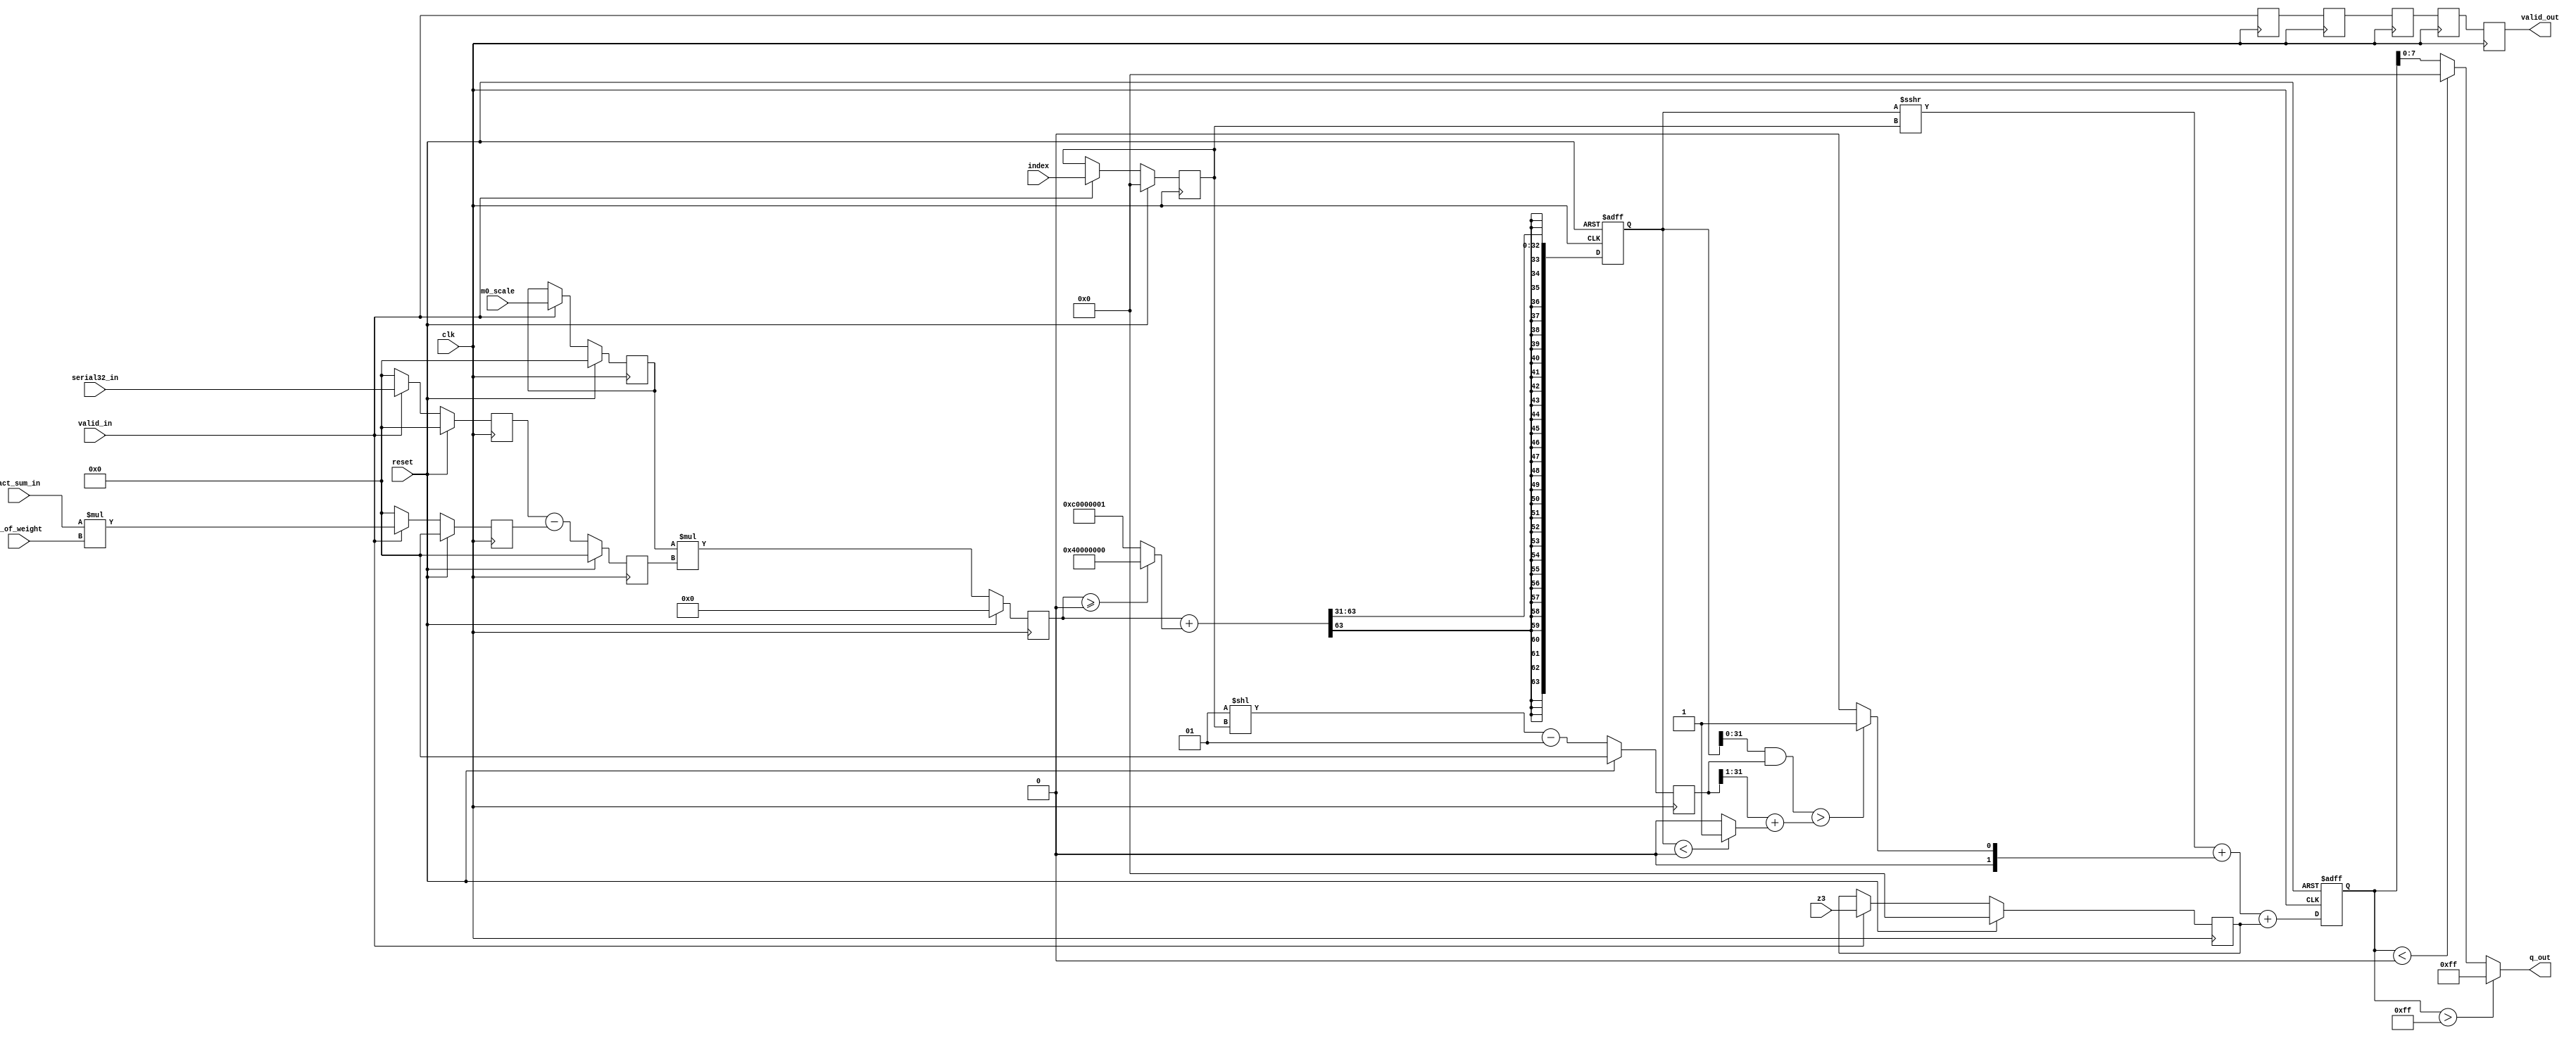
//========================================================================================================//
// Designer : Yen-Ren Hou
// Create   : 2022.11.25
// Ver      : 1.0
// Func     : re-quantize the 32bits MAC+Bias result to uint8 anwser 
//   take 32bits data per clk when valid_in = 1 from ru_get.v module .
//========================================================================================================//

module quan2uint8(
	clk				
	,	reset			
	,	m0_scale		
	,	index			
	,	z_of_weight		
	,	z3				
	,	valid_in		
	,	serial32_in		
	,	act_sum_in		
	,	q_out			
	,	valid_out		

);


//IO
input wire    		clk;
input wire     		reset;
input wire    		valid_in;
input wire   [31:0] serial32_in; // ifm x ker + bias
input wire   [31:0] act_sum_in;  // ifm
input wire   [31:0] m0_scale;    // m0
input wire   [7 :0] index;
input wire 	 [15:0] z_of_weight; // zw
input wire	 [7 :0] z3; 		 // zero weig h

output reg   [7 :0] q_out;
output reg  		valid_out;


// Difine
// wire   		 [31:0] act_zofw;
// wire  signed [31:0] before_m0;
// wire  signed [63:0] after_m0;
wire  signed [31:0] neg_result;
wire   		 [31:0] maskiflessthan;
wire   		 [31:0] threshold;
wire   		 [31:0] remainder;
wire  signed [31:0] maskifgreaterthan;
wire  signed [31:0] m_move_rounding;


reg   signed [31:0] act_zofw_reg ;
reg   signed [31:0] serial32_reg ;
reg   signed [63:0] saturatingrounding ;
reg   signed [31:0] bfm0_reg ;
reg   signed [63:0] after_m0_reg ;
reg   signed [31:0] m0_scale_reg ;
reg   signed [31:0] mask_index ;
reg   signed [31:0] add_z3;
reg   signed [7 :0] index_reg;
reg   signed [7 :0] z3_reg;
  
reg                	stage0_valid_in;
reg                	stage1_valid_in;
reg                	stage2_valid_in;
reg                	stage3_valid_in;
reg                	stage4_valid_in;

//operation
assign neg_result        = (after_m0_reg >= 0) ? (1<<30) : (1-(1<<30)); // nudge
assign maskiflessthan    = (saturatingrounding<0) ? 1 : 0;              // maskless
assign remainder         = saturatingrounding&mask_index;
assign threshold         = (mask_index>>1) + (maskiflessthan & 1);      // threshold
assign maskifgreaterthan = (remainder>threshold)?1:0;
assign m_move_rounding   = (saturatingrounding>>>index_reg)+(maskifgreaterthan&1);

//////////////////valid_in/////////////////////////////
always@( posedge clk )begin
	if( reset )begin
  		act_zofw_reg <= 'd0;
		m0_scale_reg <= 'd0;
		serial32_reg <= 'd0;
		index_reg <= 'd0;
		z3_reg <= 'd0;
	end
	else if(valid_in) begin
		act_zofw_reg <= act_sum_in * z_of_weight;	//CLK
		serial32_reg <= serial32_in;
		m0_scale_reg <= m0_scale;
		index_reg <= index;
		z3_reg <= z3;
	end
	else begin
		act_zofw_reg <= 'd0;
		serial32_reg <= 'd0;
		m0_scale_reg <= m0_scale_reg;
		index_reg <= index_reg;
		z3_reg <= z3_reg;
	end
end
////////////////////////////////////////////////////

always@( posedge clk )begin
	if( reset )begin
		bfm0_reg <= 'd0;
	end
	else begin
		bfm0_reg <= serial32_reg - act_zofw_reg;
	end
end

always@( posedge clk )begin
	if( reset )begin
		after_m0_reg <= 'd0;
	end
	else begin
		after_m0_reg <= m0_scale_reg * bfm0_reg;
	end
end
// saruratingrounding shift 31bit
always@( posedge clk or posedge reset ) begin
    if(reset) saturatingrounding <= 0;
    else      saturatingrounding <= (after_m0_reg + neg_result) >>> 31;
end

// mask (index-1?)
always@( posedge clk )begin
	if(reset)  mask_index <= 0;
	else   	mask_index <= (1<<index_reg)-1;
end
//assign add_z3 = m_move_rounding+z3;
always@(posedge clk or posedge reset) begin
    if(reset) add_z3 <= 0;
    else      add_z3 <= m_move_rounding+z3_reg;
end

always@(*)
begin
    if(add_z3>255)     q_out = 255;
    else if (add_z3<0) q_out = 0;
    else               q_out = add_z3[7:0];
end

always@( posedge clk )begin
	stage0_valid_in <= valid_in;
	stage1_valid_in <= stage0_valid_in;
	stage2_valid_in <= stage1_valid_in;
	stage3_valid_in <= stage2_valid_in;
	stage4_valid_in <= stage3_valid_in;
end

always @(*) begin
	valid_out = stage4_valid_in ;
end

endmodule